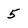
Character: 5